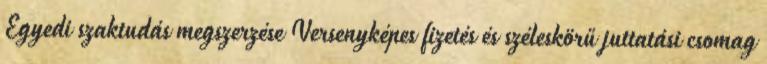
Egyedi szaktudás megszerzése Versenyképes fizetés és széleskörű juttatási csomag